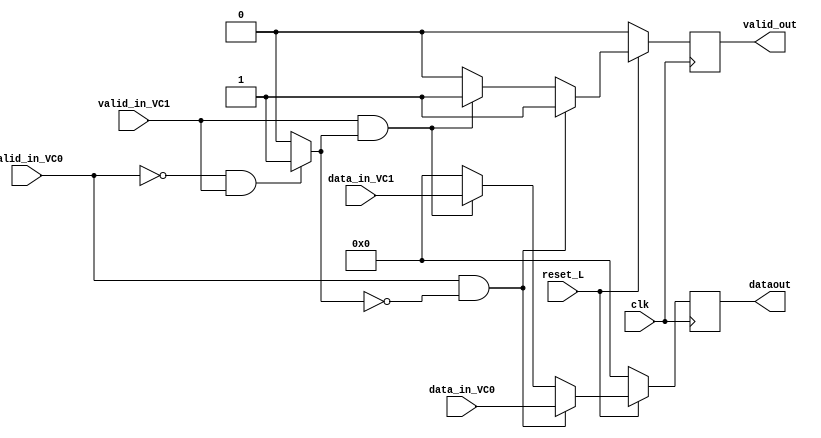
module mux(input clk, 
			 input reset_L,
			 input valid_in_VC0, //Seal de pop proveniente del fifo
			 input valid_in_VC1,	
			 input [5:0] data_in_VC0,
			 input [5:0] data_in_VC1,
			 output reg [5:0] dataout,
			 output reg valid_out); // Le indica al demux anterior a
									// D0 y D1 que transfiere datos

    //Registros Internos
	reg selectorL1;

always @(*) begin
	if(!valid_in_VC0 && valid_in_VC1)
	selectorL1 <=1;
	else begin
	selectorL1 <=0;
	end 
	
end

	always @(posedge clk) begin
		if((!reset_L))begin
		dataout<= 0;
		valid_out <= 0; 
		end
		else if (valid_in_VC0 && !selectorL1) begin
			dataout <= data_in_VC0;
			valid_out <= 1;
		    end
	    else if (valid_in_VC1 && selectorL1) begin
			dataout <= data_in_VC1;
			valid_out <= 1;
			end
		else begin
		dataout <= 0;
		valid_out <= 0;
		end
	end

endmodule